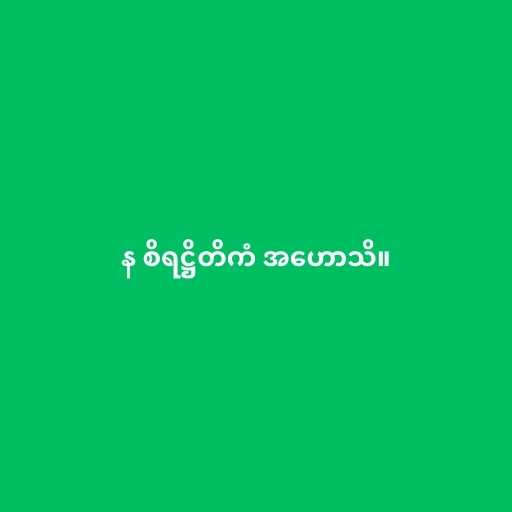
န စိရဋ္ဌိတိကံ အဟောသိ။